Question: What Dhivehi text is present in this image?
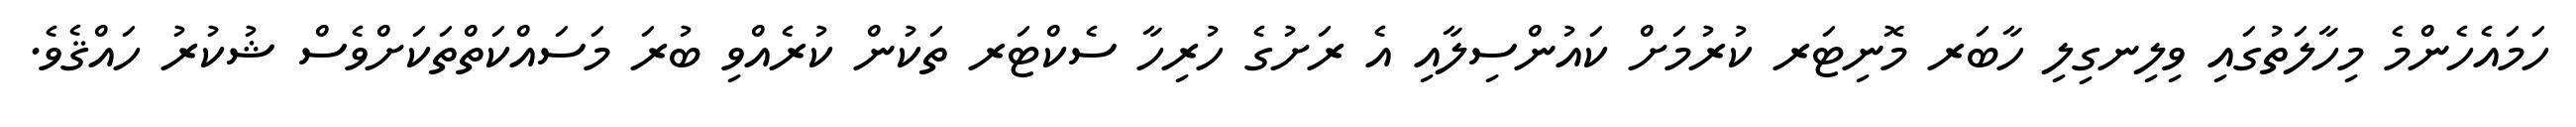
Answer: ހަމައެހެންމެ މިހާލަތުގައި ވިލިނގިލި ހާބަރ މޮނިޓަރ ކުރުމަށް ކައުންސިލާއި އެ ރަށުގެ ހުރިހާ ސެކްޓަރ ތަކުން ކުރެއްވި ބުރަ މަސައްކަތްތަކަށްވެސް ޝުކުރު ހައްޤެވެ.